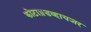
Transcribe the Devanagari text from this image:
कोटाॲडव्हायजर